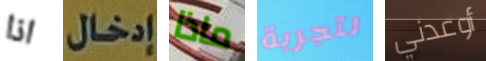
اذا إدخال ماذا لتجربة أوعدني